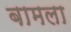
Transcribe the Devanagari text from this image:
बामला